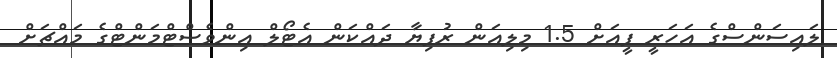
ލައިސަންސްގެ އަހަރީ ފީއަށް 1.5 މިލިއަން ރުފިޔާ ދައްކަން އެޓޯލް އިންވެސްޓްމަންޓްގެ މައްޗަށް